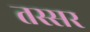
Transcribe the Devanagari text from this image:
तस्सर